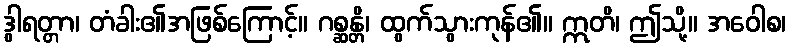
ဒွါရတ္တာ၊ တံခါး၏အဖြစ်ကြောင့်။ ဂစ္ဆန္တိ၊ ထွက်သွားကုန်၏။ ဣတိ၊ ဤသို့။ အဝေါစ၊